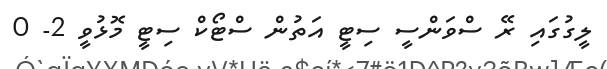
ލީގުގައި ރޭ ސްވަންސީ ސިޓީ އަތުން ސްޓޯކް ސިޓީ މޮޅުވީ 2- 0